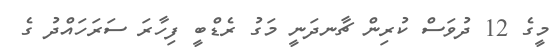
މީގެ 12 ދުވަސް ކުރިން ޗާނދަނީ މަގު ރެޑްބީ ފިހާރަ ސަރަހައްދު ގެ